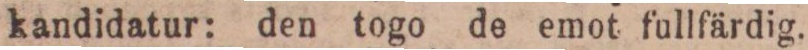
kandidatur: den togo de emot fullfärdig.